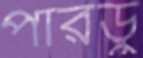
পারডু